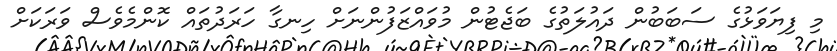
މި ފިޔަވަޅުގެ ސަބަބުން ދައުލަތުގެ ބަޖެޓުން މުވައްޒަފުންނަށް ހިނގާ ހަރަދުތައް ކޮންމެވެސް ވަރަކަށް